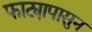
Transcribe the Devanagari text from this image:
फाट्यापासुन